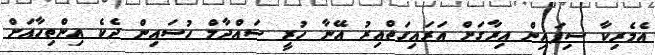
އެމެރިކާ ސިފައިން އިރާގަށް އަރައިގަތްއިރު އޭނާ ހުރީ ސައްދާމް ހުސައިން ދެކެ އިންތިހާއަށް